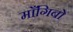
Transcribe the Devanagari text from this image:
माँगिबो